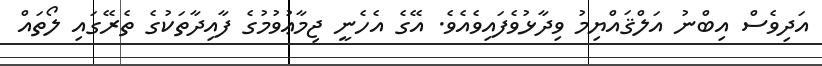
އަދިވެސް އިބްނު އަލްޤައްޔިމު ވިދާޅުވެފައިވެއެވެ. އޭގެ އެހެނީ ޖިމާޢުވުމުގެ ފާއިދާތަކުގެ ތެރޭގައި ލޯތައް